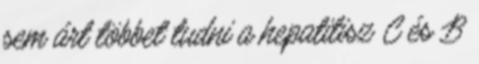
sem árt többet tudni a hepatitisz C és B